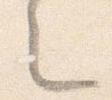
之